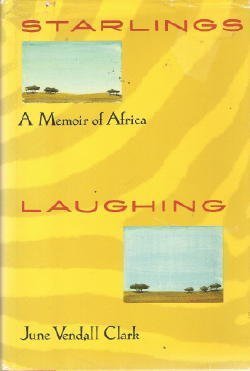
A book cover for Starlings Laughing: A Memoir of Africa; June Vendall Clark; Travel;